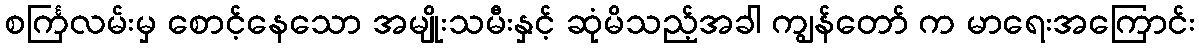
စင်္ကြလမ်းမှ စောင့်နေသော အမျိုးသမီးနှင့် ဆုံမိသည့်အခါ ကျွန်တော် က မာရေးအကြောင်း